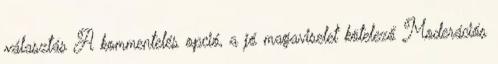
választás A kommentelés opció, a jó magaviselet kötelező Moderációs